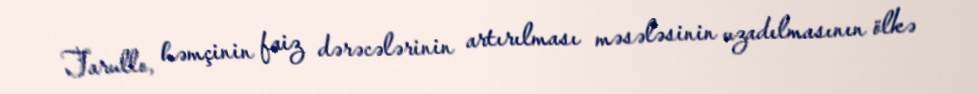
Tarullo, həmçinin faiz dərəcələrinin artırılması məsələsinin uzadılmasının ölkə